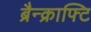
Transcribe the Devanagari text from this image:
ब्रैन्क्राफ्टि